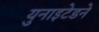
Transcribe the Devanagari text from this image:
युनाइटेडने